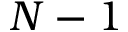
N - 1